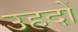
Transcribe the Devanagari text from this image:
उहदों